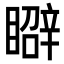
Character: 𥋑